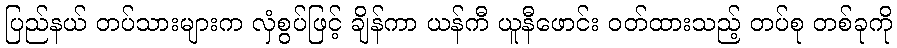
ပြည်နယ် တပ်သားများက လှံစွပ်ဖြင့် ချိန်ကာ ယန်ကီ ယူနီဖောင်း ဝတ်ထားသည့် တပ်စု တစ်ခုကို